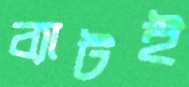
ব্যাটই